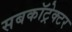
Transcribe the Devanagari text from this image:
सबकॉट्रेक्टर